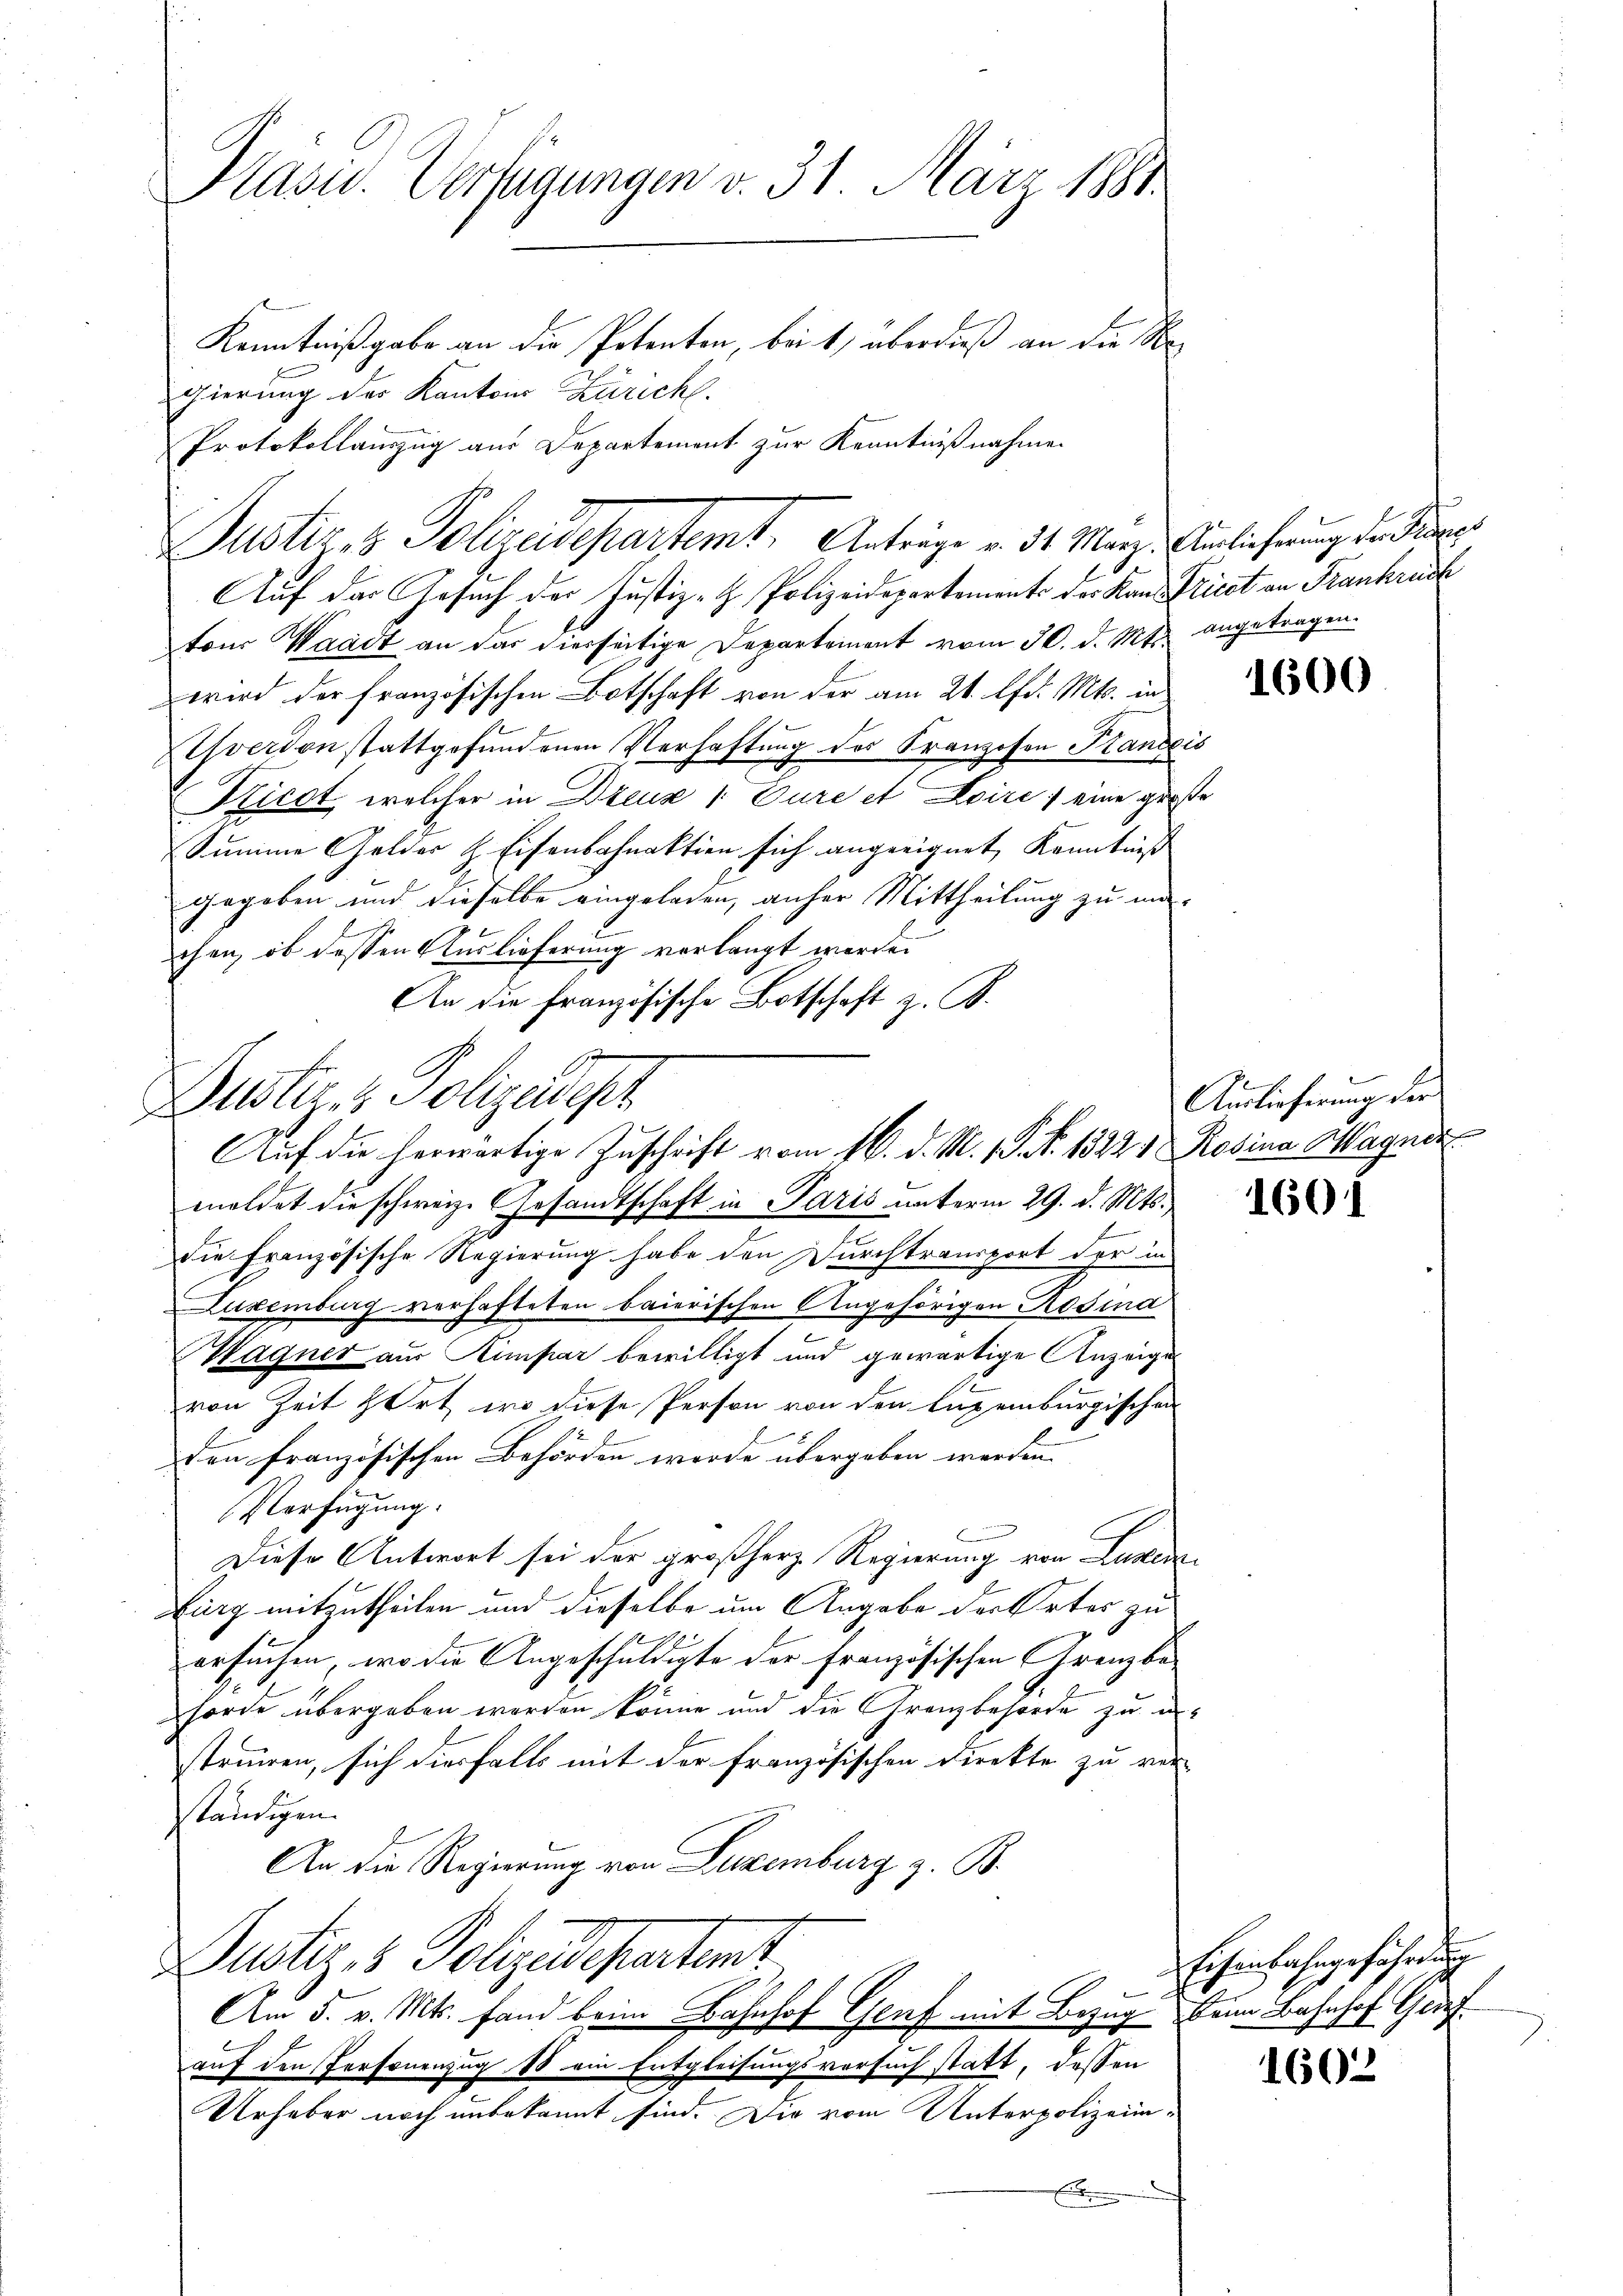
Präsid. Verfügungen v. 31. März 1881.
Kenntnißgabe an die Potenten, bei 1) überdieß an die
gierung der Kantons Züricht.
Protokollauszug aus Departement zur Kenntnißnahme

Auf das Gesuch der Justiz-H. Polizeidepartements der Kand Picet an Frankreiche
tons Waadt an das hierseitige Departement vom 30. d. Mts. angetragen.
wird der französischen Botschaft von der am 21. lfd. Mts. in
hverdon stattgefŭndenen Verhaftung des Franzosen Krancis
Ricot, welcher in Dreuz 1. Eure et Loire, eine große
Summe Gelder H. Eisenbahnaktion sich angeeignet, Kenntniß
gegeben und dieselbe eingeladen, anher Mittheilung zu ma-
chen, ob dessen Auslieferung verlangt werden
An die Französische Botschaft z. B.

Justiz & Polizeidepartemt. Anträge v. 31. März. Einlicherung der Steuer

Dustiz & Polizeidest
Auf die herwärtige Zuschrift vom 16. d. M. 1 S. Nr. 1822, Rosina Wagner

meldet die schweiz. Gesandtschaft in Paris unterm 29. d. Mts.,
die Französische Regierung habe den Durchtransport der in
Luxenburg verhafteten baierischen Angehörigen Rosina
Wagner aus Himpar bewilligt und gewärtige Anzeigen
von Zeit hört, wo diese Person von den lugenburgischen
den französischen Behörden wurde übergeben werden. |
Verfügung.
Diese Antwort sei der großherz. Regierung von Lusten
Zurg mitzutheilen und dieselbe um Angabe der Ortes zu
ersuchen, wo die Angeschuldigte der französischen Grenzbe-
hörde übergeben werden könne und die Grenzbehörde zu unstruiren, sich diesfalls mit der französischen Direkte zu ver-
ständigen.
An die Regierung von Luxenburg z. B.
Justiz- & Polizeidepartent
Am 5. v. Mts. fand beim Bahnhof Genf mit Bezug beim Bahnhof Gef
auf den Personenzug 18 ein Entgleisungsversuch statt, dessen
Urheber noch unbekannt sind. Die vom Unterpolizeim¬
.

1600.

Auslieferung der

1601

Eisenbahngefährdung

1602